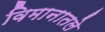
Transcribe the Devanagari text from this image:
विमानातले